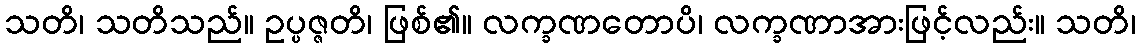
သတိ၊ သတိသည်။ ဥပ္ပဇ္ဇတိ၊ ဖြစ်၏။ လက္ခဏတောပိ၊ လက္ခဏာအားဖြင့်လည်း။ သတိ၊